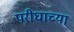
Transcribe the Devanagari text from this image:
परीघाच्या